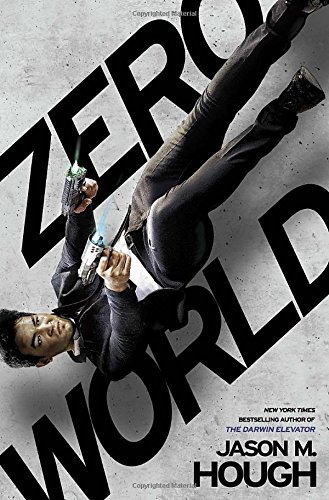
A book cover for Zero World; Jason M. Hough; Science Fiction & Fantasy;